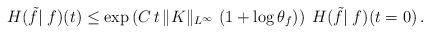
LaTeX: \begin{align*}H(\tilde f|\;f)(t)\leq \exp\left(C\,t\,\|K\|_{L^\infty}\,\left(1+\log \theta_f\right)\right)\;H(\tilde f|\;f)(t=0)\,.\end{align*}